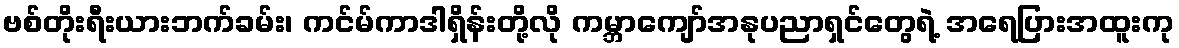
ဗစ်တိုးရီးယားဘက်ခမ်း၊ ကင်မ်ကာဒါရှိန်းတို့လို ကမ္ဘာကျော်အနုပညာရှင်တွေရဲ့ အရေပြားအထူးကု